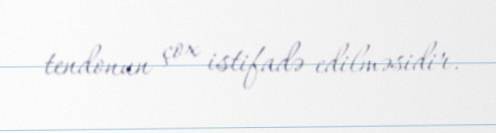
tendonun çox istifadə edilməsidir.